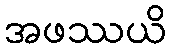
အဖဿယိ